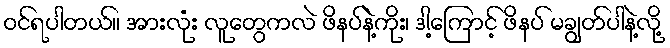
ဝင်ရပါတယ်။ အားလုံး လူတွေကလဲ ဖိနပ်နဲ့ကိုး၊ ဒါ့ကြောင့် ဖိနပ် မချွတ်ပါနဲ့လို့